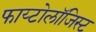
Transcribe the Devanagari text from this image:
फाय्टोलॉजिस्ट